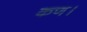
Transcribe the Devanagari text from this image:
कण।